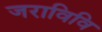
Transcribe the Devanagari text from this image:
जराविवि